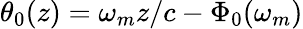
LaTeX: \theta_{0}(z)=\omega_{m}z/c-\Phi_{0}(\omega_{m})